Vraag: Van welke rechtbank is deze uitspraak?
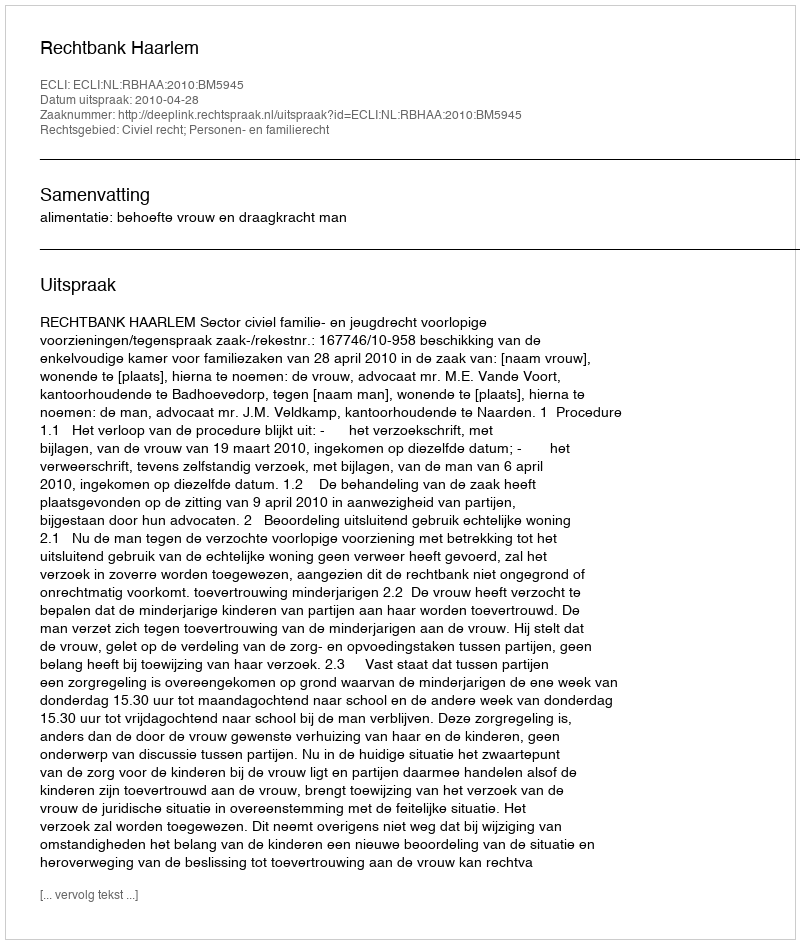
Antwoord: Rechtbank Haarlem